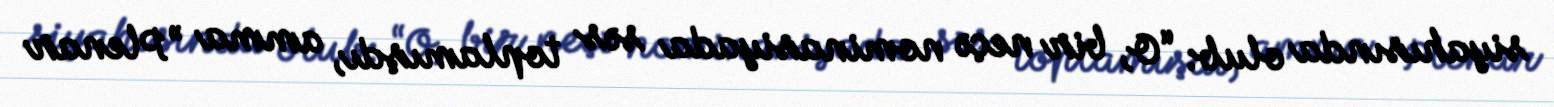
siyahısında olub: “O, bir neçə nominasiyada səs toplamışdı, amma ”Plenar